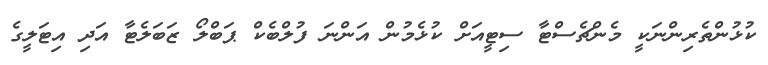
ކުޅުންތެރިންނަކީ މެންޗެސްޓާ ސިޓީއަށް ކުޅެމުން އަންނަ ފުލްބެކް ޕަބްލޯ ޒަބަލެޓާ އަދި އިޓަލީގެ